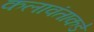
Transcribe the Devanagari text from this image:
कलावंताकडे